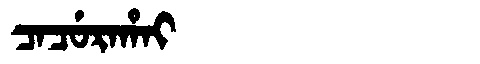
Manchu: ᠴᠠᠴᡠᡵᠠᡥᠠᡳ
Romanization: CACURAHAI